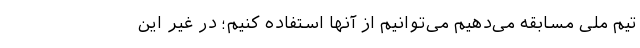
تیم ملی مسابقه می‌دهیم می‌توانیم از آنها استفاده کنیم؛ در غیر این